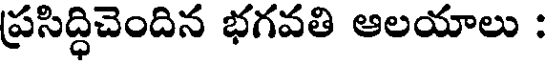
ప్రసిద్ధిచెందిన భగవతి ఆలయాలు :